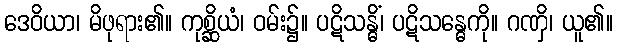
ဒေဝိယာ၊ မိဖုရား၏။ ကုစ္ဆိယံ၊ ဝမ်း၌။ ပဋိသန္ဓိံ၊ ပဋိသန္ဓေကို။ ဂဏှိ၊ ယူ၏။